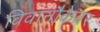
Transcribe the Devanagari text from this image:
विवानौकेवर